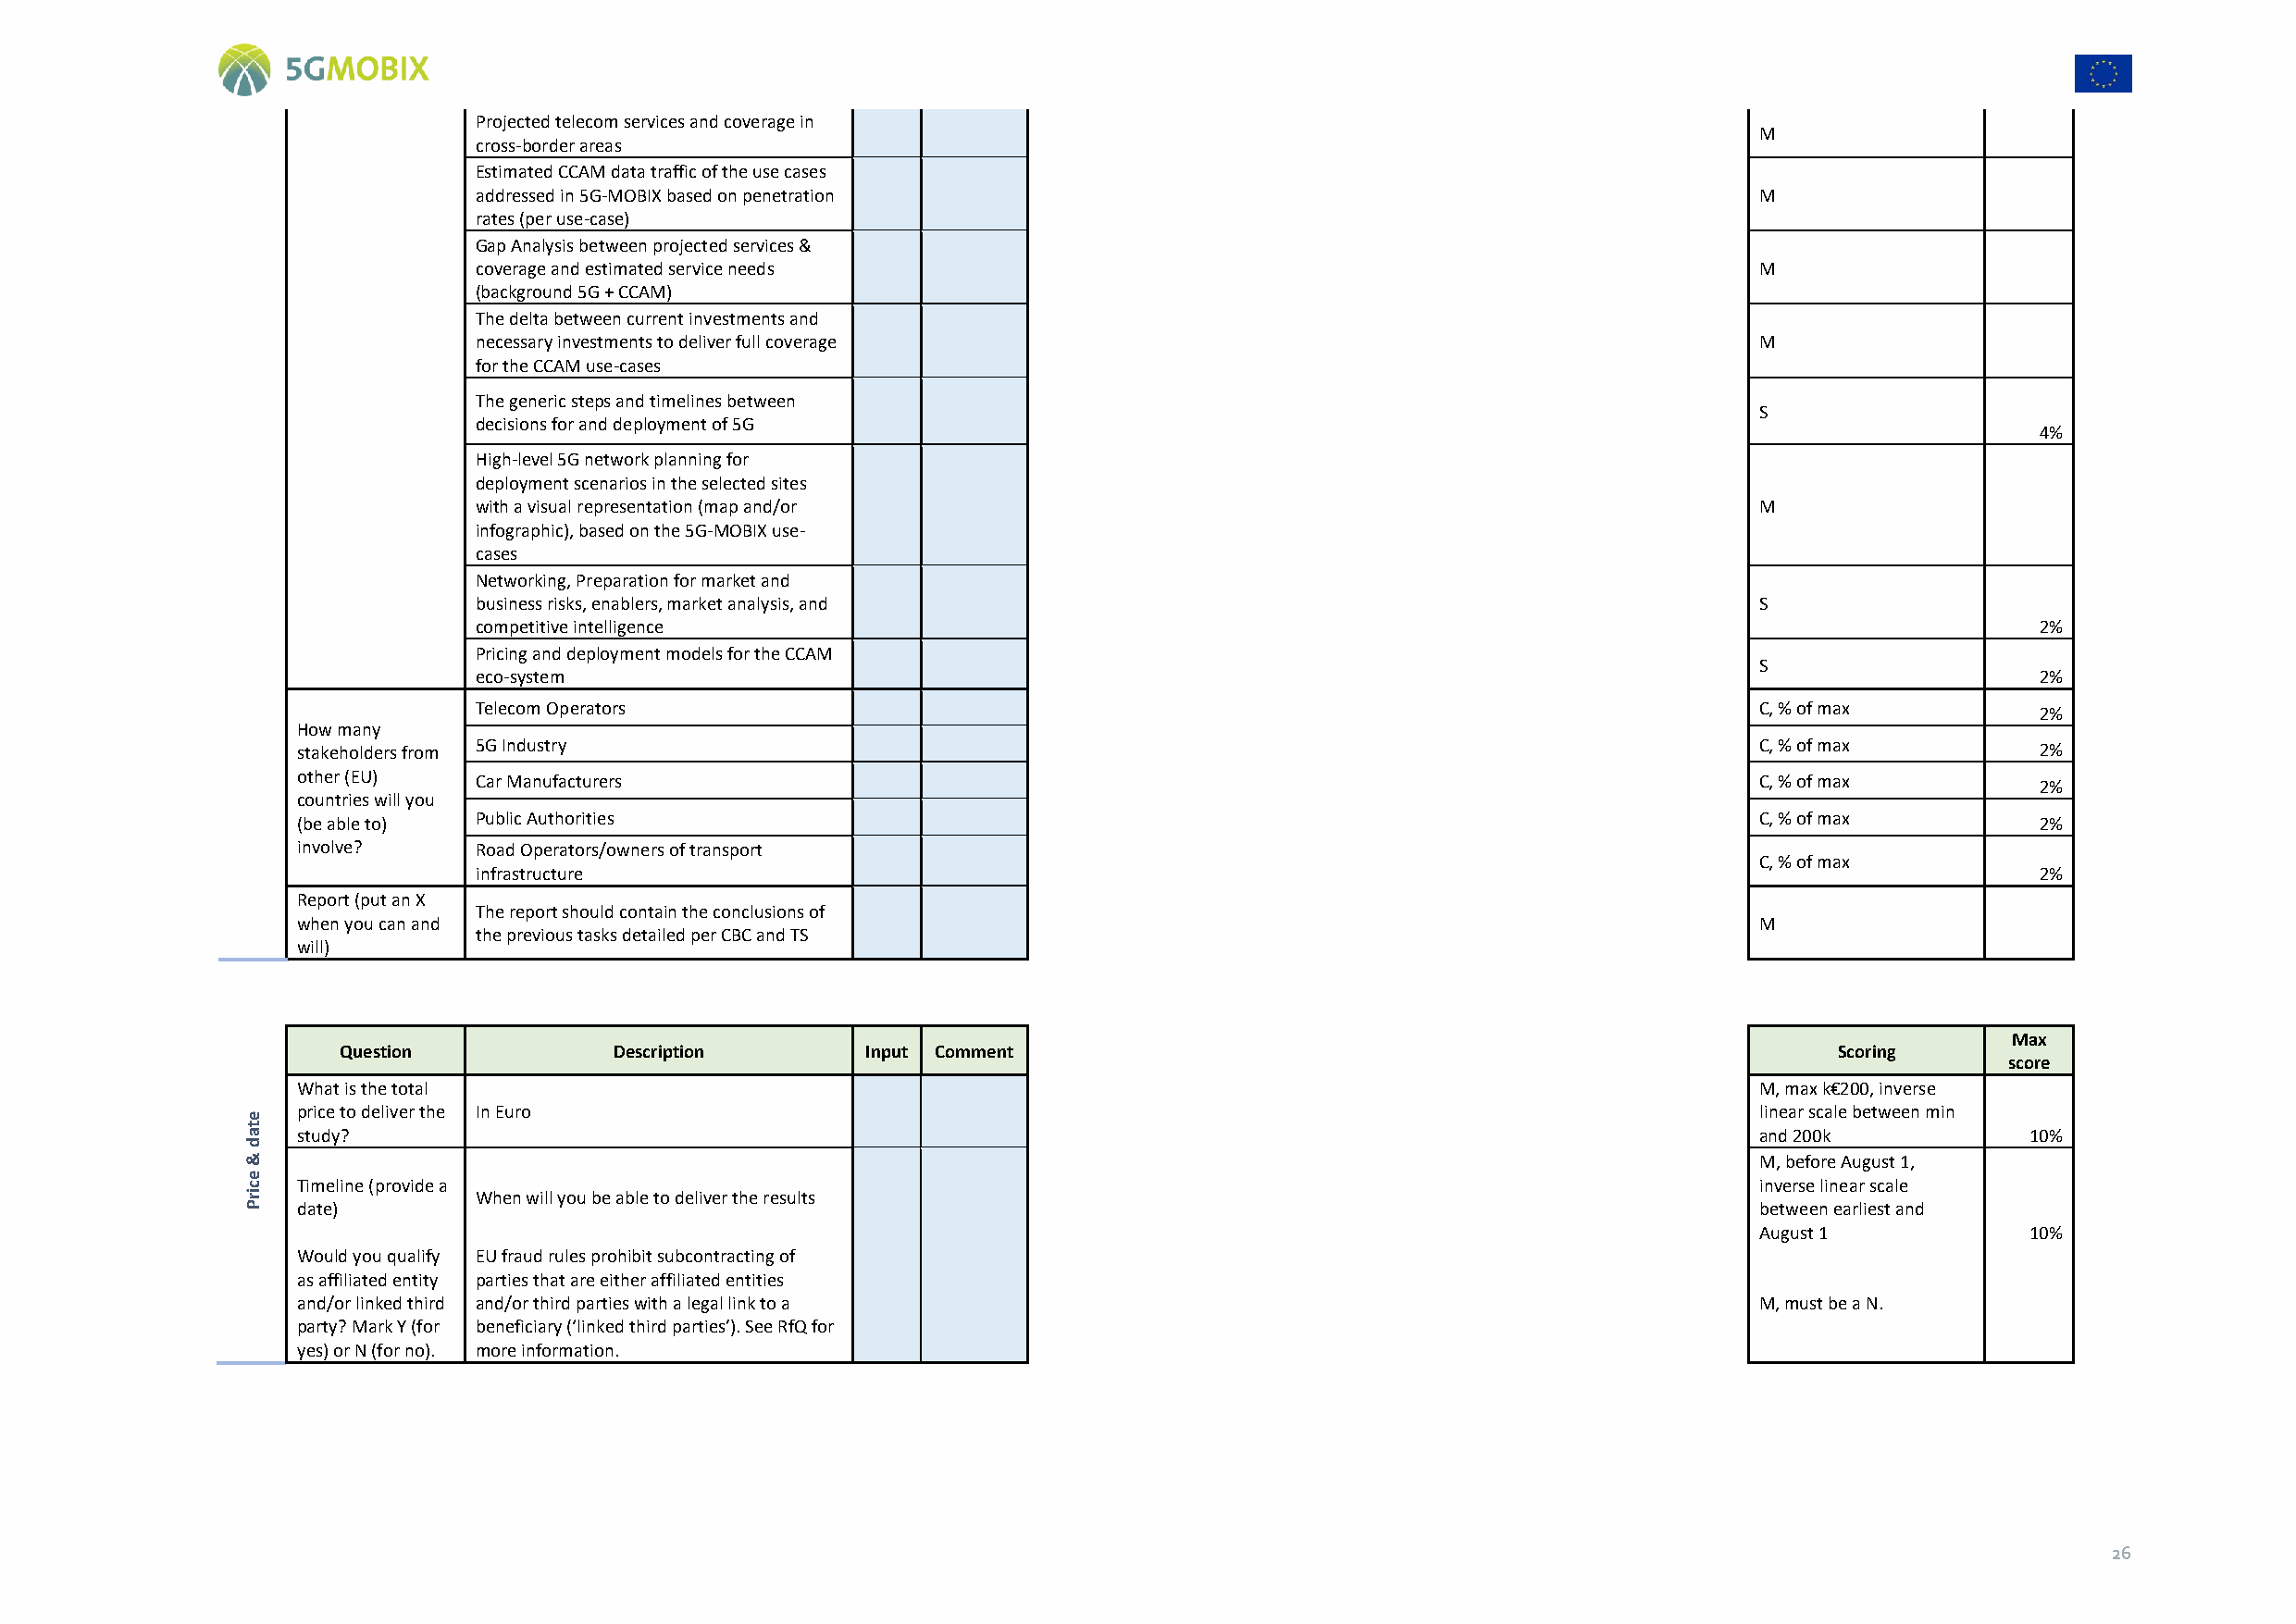
Projected telecom services and coverage in
 M
 cross-border areas
 Estimated CCAM data traffic of the use cases
 addressed in 5G-MOBIX based on penetration                                                  M
 rates (per use-case)
 Gap Analysis between projected services &
 coverage and estimated service needs                                                        M
 (background 5G + CCAM)
 The delta between current investments and
 necessary investments to deliver full coverage                                              M
 for the CCAM use-cases
 The generic steps and timelines between
 S
 decisions for and deployment of 5G
 4%
 High-level 5G network planning for
 deployment scenarios in the selected sites
 with a visual representation (map and/or                                                    M
 infographic), based on the 5G-MOBIX use-
 cases
 Networking, Preparation for market and
 business risks, enablers, market analysis, and                                              S
 competitive intelligence                                                                                        2%
 Pricing and deployment models for the CCAM
 S
 eco-system                                                                                                      2%
 Telecom Operators                                                                           C, % of max         2%
 How many
 stakeholders from 5G Industry                                                                            C, % of max         2%
 other (EU)   Car Manufacturers                                                                           C, % of max         2%
 countries will you
 (be able to) Public Authorities                                                                          C, % of max         2%
 involve?     Road Operators/owners of transport
 C, % of max
 infrastructure                                                                                                  2%
 Report (put an X
 The report should contain the conclusions of
 when you can and                                                                                         M
 the previous tasks detailed per CBC and TS
 will)
 Max
 Question            Description       Input Comment                                                        Scoring
 score
 What is the total                                                                                        M, max k€200, inverse
 e
 price to deliver the In Euro                                                                             linear scale between min
 t
 a  study?                                                                                                   and 200k           10%
 d
 &                                                                                                           M, before August 1,
 e
 ric Timeline (provide a
 When will you be able to deliver the results
 inverse linear scale
 P  date)                                                                                                    between earliest and
 August 1           10%
 Would you qualify EU fraud rules prohibit subcontracting of
 as affiliated entity parties that are either affiliated entities
 and/or linked third and/or third parties with a legal link to a                                          M, must be a N.
 party? Mark Y (for beneficiary (‘linked third parties’). See RfQ for
 yes) or N (for no). more information.
 26